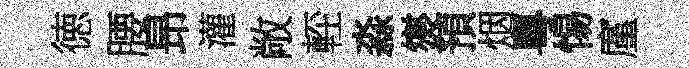
徳腰昻灌敞䡖淼爕預烟粵惕廑